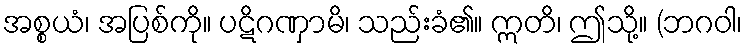
အစ္စယံ၊ အပြစ်ကို။ ပဋိဂဏှာမိ၊ သည်းခံ၏။ ဣတိ၊ ဤသို့။ (ဘဂဝါ၊